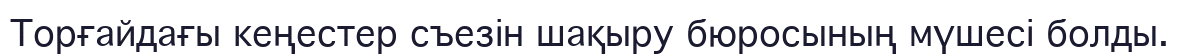
Торғайдағы кеңестер съезін шақыру бюросының мүшесі болды.